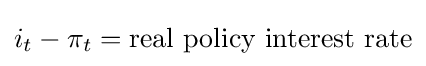
i_{t}-\pi _{t}={\mbox{real policy interest rate}}